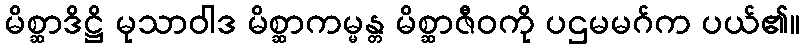
မိစ္ဆာဒိဋ္ဌိ မုသာဝါဒ မိစ္ဆာကမ္မန္တ မိစ္ဆာဇီဝကို ပဌမမဂ်က ပယ်၏။